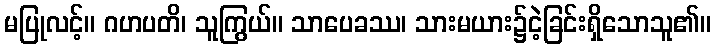
မပြုလင့်။ ဂဟပတိ၊ သူကြွယ်။ သာပေခဿ၊ သားမယား၌ငဲ့ခြင်းရှိသောသူ၏။